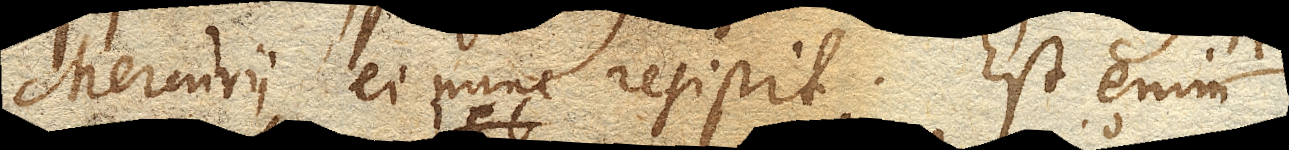
Mercurii ei nunc resistit. Est enim